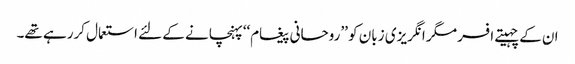
ان کے چہیتے افسر مگر انگریزی زبان کو ’’روحانی پیغام‘‘ پہنچانے کے لئے استعمال کررہے تھے۔